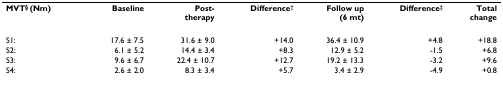
| MVT§ (Nm) | Baseline | Post-therapy | Difference† | Follow up(6 mt) | Difference‡ | Totalchange |
 | --- | --- | --- | --- | --- | --- | --- |
 | S1: | 17.6 ± 7.5 | 31.6 ± 9.0 | +14.0 | 36.4 ± 10.9 | +4.8 | +18.8 |
 | S2: | 6.1 ± 5.2 | 14.4 ± 3.4 | +8.3 | 12.9 ± 5.2 | -1.5 | +6.8 |
 | S3: | 9.6 ± 6.7 | 22.4 ± 10.7 | +12.7 | 19.2 ± 13.3 | -3.2 | +9.6 |
 | S4: | 2.6 ± 2.0 | 8.3 ± 3.4 | +5.7 | 3.4 ± 2.9 | -4.9 | +0.8 |